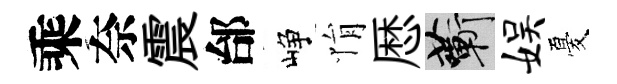
乘奈震邰峥悁厯蔪娱憂